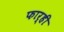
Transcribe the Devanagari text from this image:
फार्ही